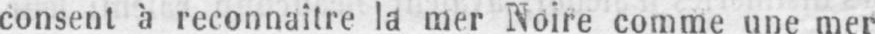
consent à reconnaître la mer Noire comme une mer